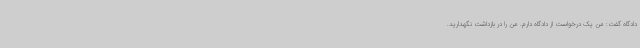
دادگاه گفت:‌ من یک درخواست از دادگاه دارم. من را در بازداشت نگهدارید.